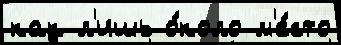
как л'ишь о́коло м'е́сто